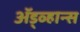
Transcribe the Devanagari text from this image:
ॲड्व्हान्स